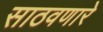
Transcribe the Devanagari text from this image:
साठवणारे